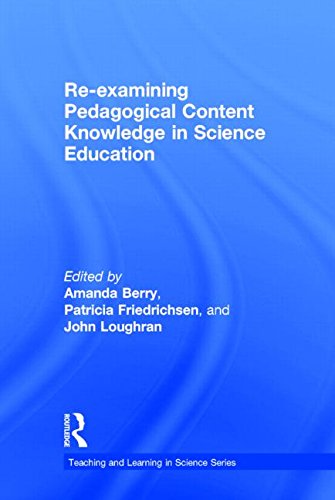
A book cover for Re-examining Pedagogical Content Knowledge in Science Education (Teaching and Learning in Science Series); Science & Math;